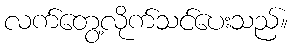
လက်တွေ့လိုက်သင်ပေးသည်။